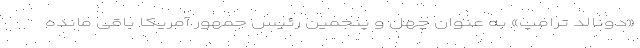
«دونالد ترامپ» به عنوان چهل و پنجمین رئیس جمهور آمریکا باقی مانده